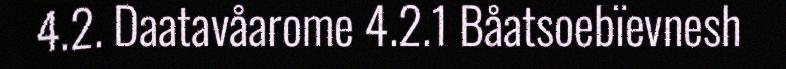
4.2. Daatavåarome 4.2.1 Båatsoebïevnesh